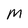
Character: M